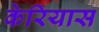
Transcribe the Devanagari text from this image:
केरियास